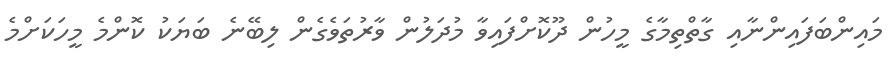
މަައިންބަފައިންނާއި ގާތްތިމާގެ މީހުން ދޫކޮށްފައިވާ މުދަލުން ވާރުތަވެގެން ލިބޭނެ ބަޔަކު ކޮންމެ މީހަކަށްމެ